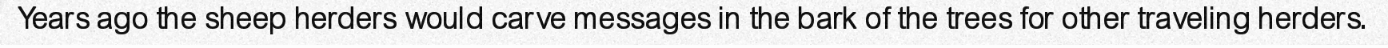
Years ago the sheep herders would carve messages in the bark of the trees for other traveling herders.